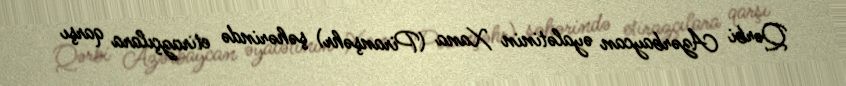
Qərbi Azərbaycan əyalətinin Xana (Piranşəhr) şəhərində etirazçılara qarşı